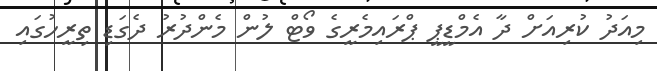
މިއަދު ކުރިއަށް ދާ އެމްޑީޕީ ޕްރައިމެރީގެ ވޯޓް ލުން މެންދުރު ދެގަޑި ތިރީހުގައި